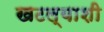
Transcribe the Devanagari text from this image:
खटल्याशी